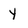
Character: Y